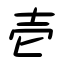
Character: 壱